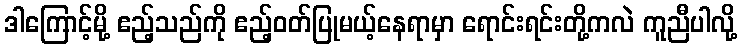
ဒါကြောင့်မို့ ဧည့်သည်ကို ဧည့်ဝတ်ပြုမယ့်နေရာမှာ ရောင်းရင်းတို့ကလဲ ကူညီပါလို့